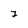
Character: 7